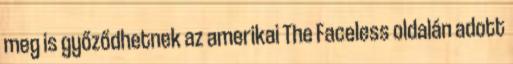
meg is győződhetnek az amerikai The Faceless oldalán adott